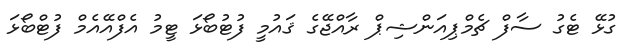
ގުޅޭ ޓެގު ސާފް ޗެމްޕިއަންޝިޕް ރާއްޖޭގެ ޤައުމީ ފުޓުބޯޅަ ޓީމު އެފްއޭއެމް ފުޓްބޯޅަ